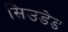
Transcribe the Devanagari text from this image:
सिउडेड